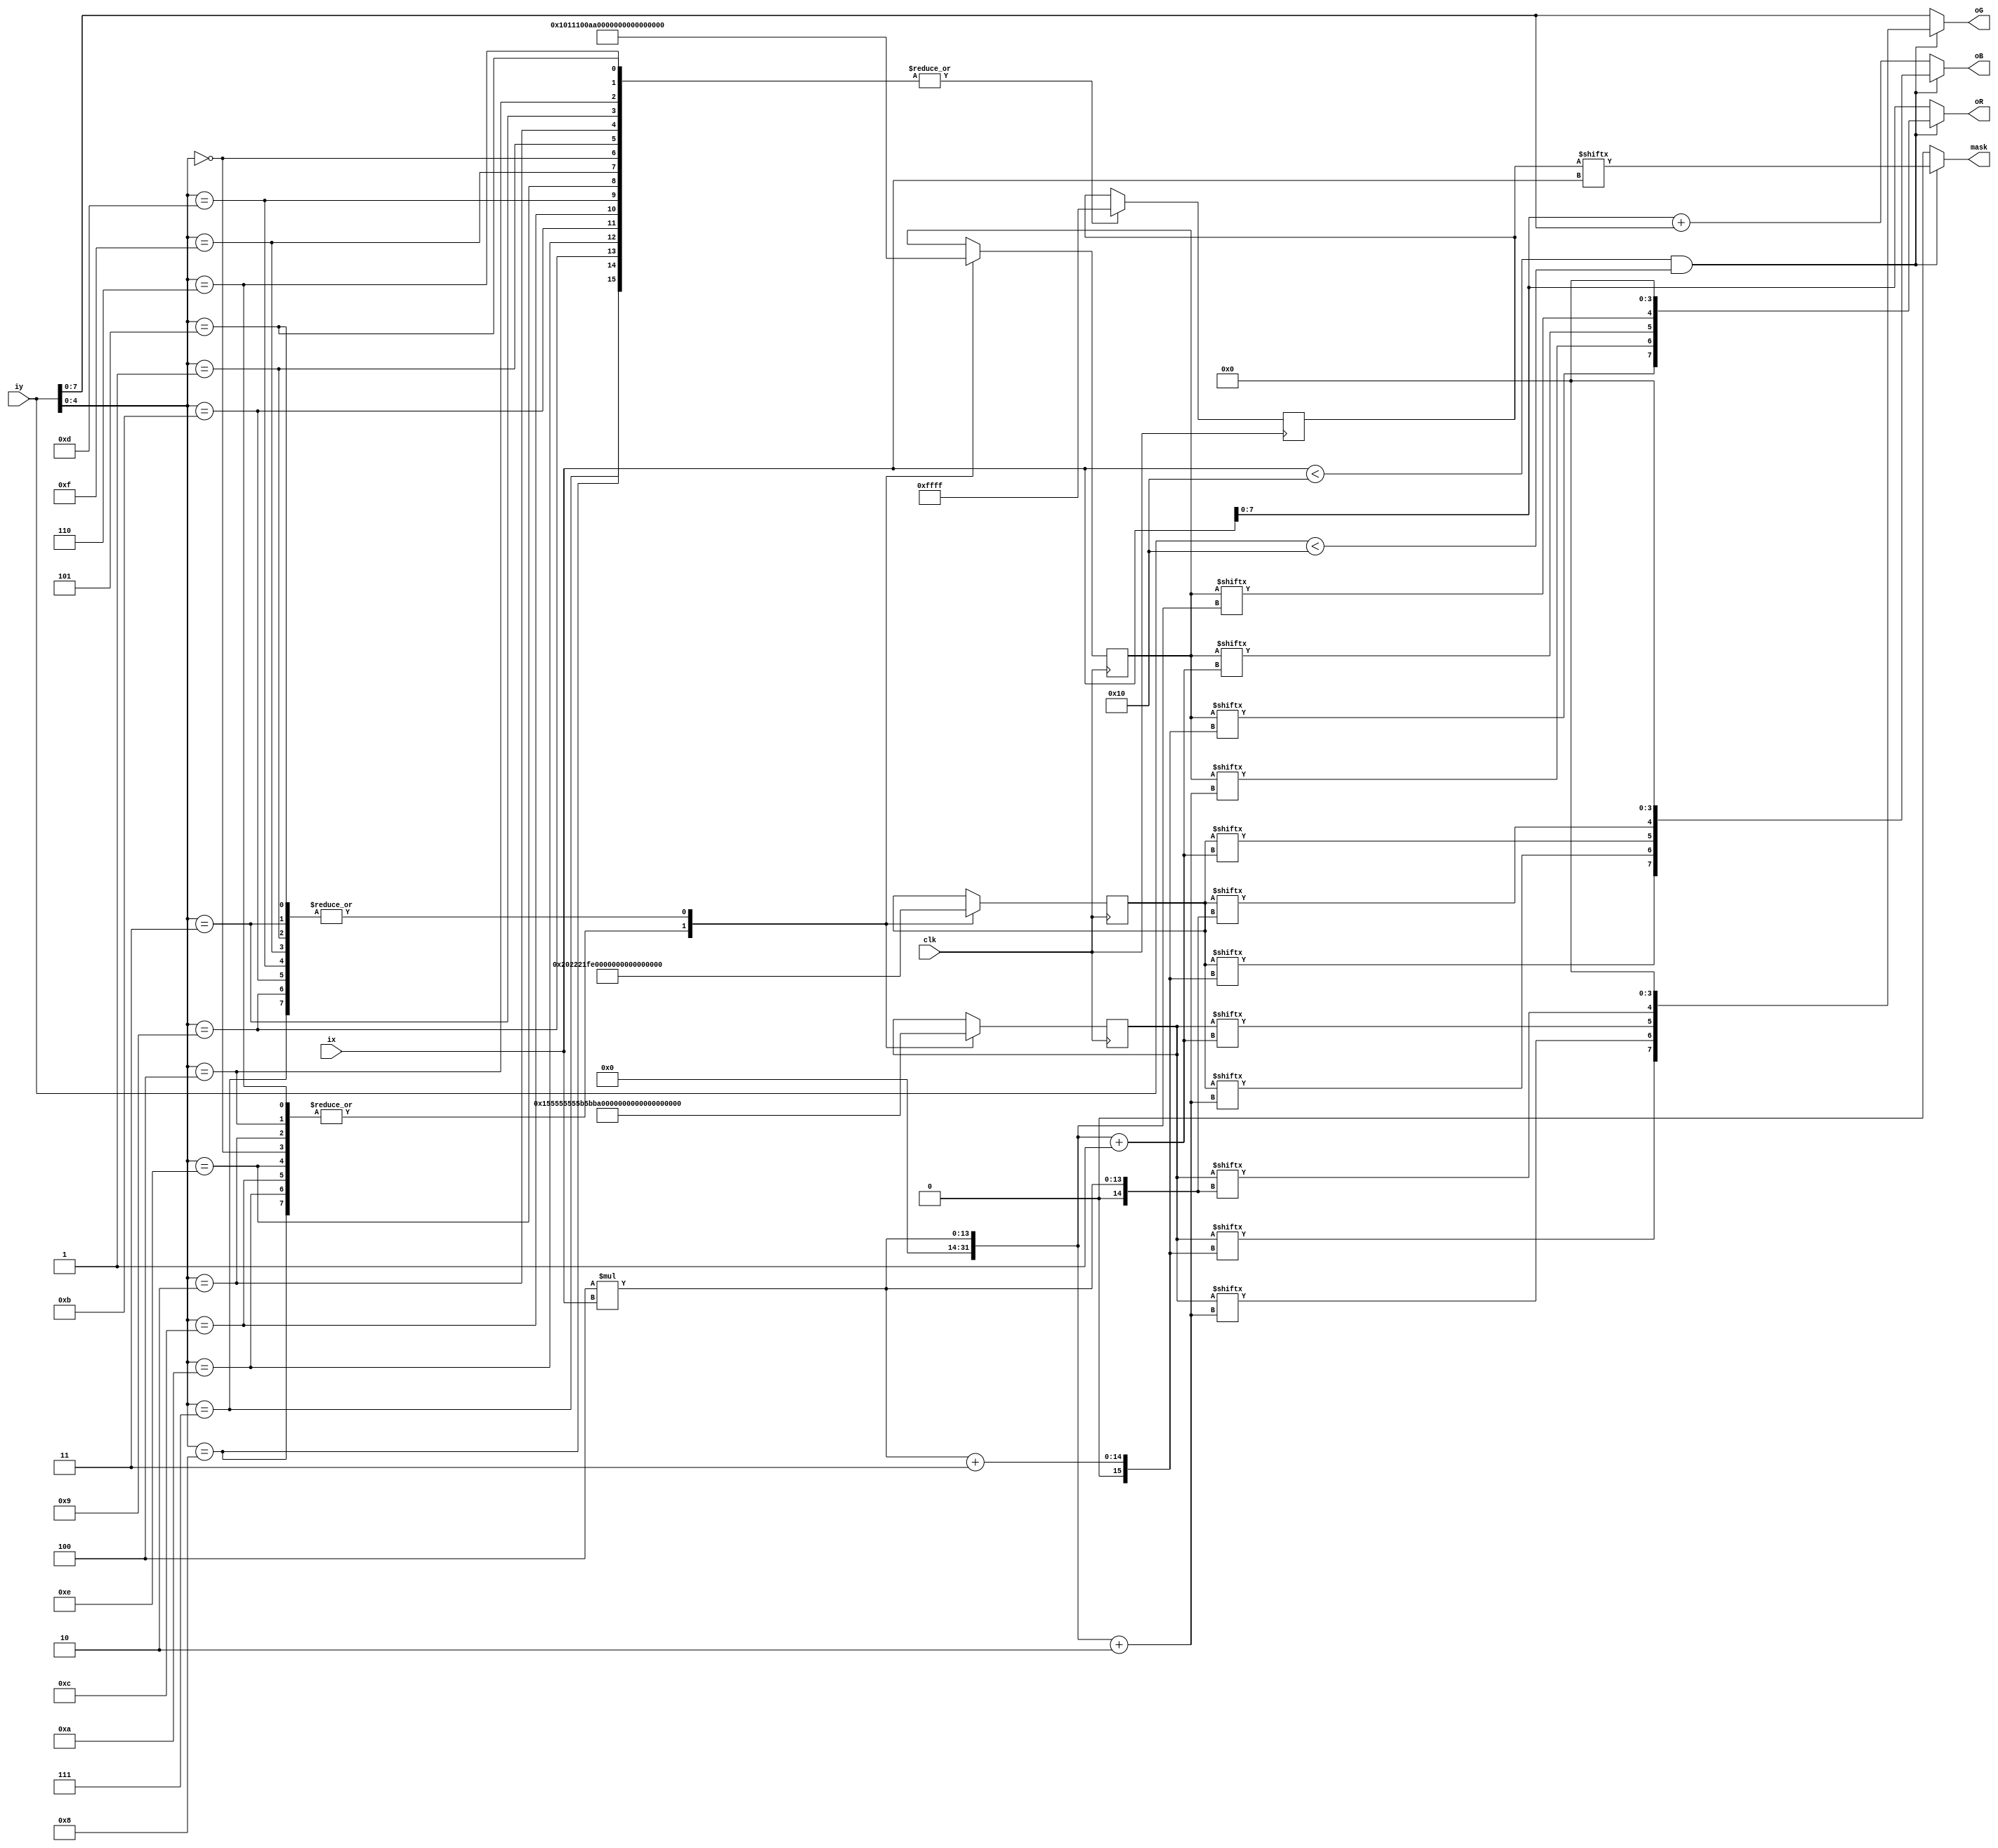
module tube_br(ix,iy,oR,oG,oB,mask,clk);
input clk;
input [10:0] ix;
input [10:0] iy;
output [7:0] oR;
output [7:0] oG;
output [7:0] oB;
output mask;
reg [64:0] tube_br_r;
reg [64:0] tube_br_g;
reg [64:0] tube_br_b;
reg [16:0] tube_br_a;
parameter x_size = 16,y_size = 16;
wire mask;

assign oR = (ix<x_size&&iy<y_size)?{tube_br_r[4*ix+3],tube_br_r[4*ix+2],tube_br_r[4*ix+1],tube_br_r[4*ix],4'b0000}:{ix[7:0]};
assign oG = (ix<x_size&&iy<y_size)?{tube_br_g[4*ix+3],tube_br_g[4*ix+2],tube_br_g[4*ix+1],tube_br_g[4*ix],4'b0000}:{iy[7:0]};
assign oB = (ix<x_size&&iy<y_size)?{tube_br_b[4*ix+3],tube_br_b[4*ix+2],tube_br_b[4*ix+1],tube_br_b[4*ix],4'b0000}:{ix+iy}; 
assign mask = (ix<x_size&&iy<y_size)?{tube_br_a[ix]}:0; 
always @(posedge clk)
begin
case(iy[4:0])
5'd0:tube_br_r=64'h0000000080888055;
5'd1:tube_br_r=64'h0000000008088055;
5'd2:tube_br_r=64'h0000000080888055;
5'd3:tube_br_r=64'h0000000008088055;
5'd4:tube_br_r=64'h0000000080888055;
5'd5:tube_br_r=64'h0000000008088055;
5'd6:tube_br_r=64'h0000000080888055;
5'd7:tube_br_r=64'h0000000008088055;
5'd8:tube_br_r=64'h0000000080888055;
5'd9:tube_br_r=64'h0000000008088055;
5'd10:tube_br_r=64'h0000000080888055;
5'd11:tube_br_r=64'h0000000008088055;
5'd12:tube_br_r=64'h0000000080888055;
5'd13:tube_br_r=64'h0000000008088055;
5'd14:tube_br_r=64'h0000000080888055;
5'd15:tube_br_r=64'h0000000008088055;
endcase
case(iy[4:0])
5'd0:tube_br_g=64'haaaaaaaadaddd099;
5'd1:tube_br_g=64'haaaaaaaaadadd099;
5'd2:tube_br_g=64'haaaaaaaadaddd099;
5'd3:tube_br_g=64'haaaaaaaaadadd099;
5'd4:tube_br_g=64'haaaaaaaadaddd099;
5'd5:tube_br_g=64'haaaaaaaaadadd099;
5'd6:tube_br_g=64'haaaaaaaadaddd099;
5'd7:tube_br_g=64'haaaaaaaaadadd099;
5'd8:tube_br_g=64'haaaaaaaadaddd099;
5'd9:tube_br_g=64'haaaaaaaaadadd099;
5'd10:tube_br_g=64'haaaaaaaadaddd099;
5'd11:tube_br_g=64'haaaaaaaaadadd099;
5'd12:tube_br_g=64'haaaaaaaadaddd099;
5'd13:tube_br_g=64'haaaaaaaaadadd099;
5'd14:tube_br_g=64'haaaaaaaadaddd099;
5'd15:tube_br_g=64'haaaaaaaaadadd099;
endcase
case(iy[4:0])
5'd0:tube_br_b=64'h00000000101110ff;
5'd1:tube_br_b=64'h00000000010110ff;
5'd2:tube_br_b=64'h00000000101110ff;
5'd3:tube_br_b=64'h00000000010110ff;
5'd4:tube_br_b=64'h00000000101110ff;
5'd5:tube_br_b=64'h00000000010110ff;
5'd6:tube_br_b=64'h00000000101110ff;
5'd7:tube_br_b=64'h00000000010110ff;
5'd8:tube_br_b=64'h00000000101110ff;
5'd9:tube_br_b=64'h00000000010110ff;
5'd10:tube_br_b=64'h00000000101110ff;
5'd11:tube_br_b=64'h00000000010110ff;
5'd12:tube_br_b=64'h00000000101110ff;
5'd13:tube_br_b=64'h00000000010110ff;
5'd14:tube_br_b=64'h00000000101110ff;
5'd15:tube_br_b=64'h00000000010110ff;
endcase
case(iy[4:0])
5'd0:tube_br_a=16'b1111111111111111;
5'd1:tube_br_a=16'b1111111111111111;
5'd2:tube_br_a=16'b1111111111111111;
5'd3:tube_br_a=16'b1111111111111111;
5'd4:tube_br_a=16'b1111111111111111;
5'd5:tube_br_a=16'b1111111111111111;
5'd6:tube_br_a=16'b1111111111111111;
5'd7:tube_br_a=16'b1111111111111111;
5'd8:tube_br_a=16'b1111111111111111;
5'd9:tube_br_a=16'b1111111111111111;
5'd10:tube_br_a=16'b1111111111111111;
5'd11:tube_br_a=16'b1111111111111111;
5'd12:tube_br_a=16'b1111111111111111;
5'd13:tube_br_a=16'b1111111111111111;
5'd14:tube_br_a=16'b1111111111111111;
5'd15:tube_br_a=16'b1111111111111111;
endcase
end
endmodule